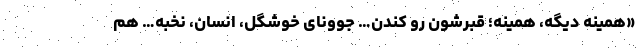
«همینه دیگه، همینه؛ قبرشون رو کندن… جوونای خوشگل، انسان، نخبه… هم